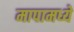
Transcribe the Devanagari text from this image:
मापामध्ये